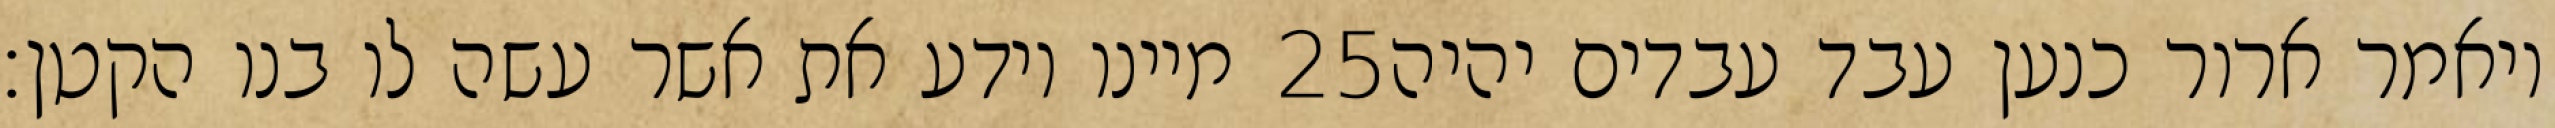
מיינו וידע את אשר עשה לו בנו הקטן׃ ‎25‏ ויאמר ארור כנען עבד עבדים יהיה